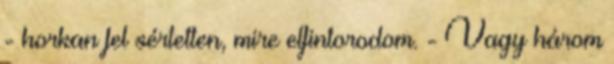
- horkan fel sértetten, mire elfintorodom. - Vagy három